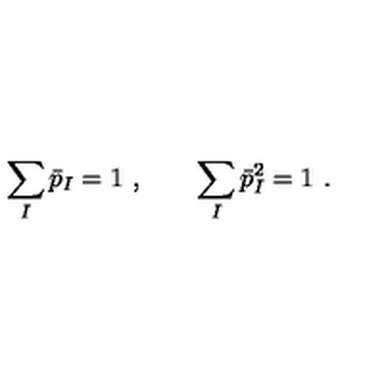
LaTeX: \sum _ { I } \bar { p } _ { I } = 1 \ , \qquad \sum _ { I } \bar { p } _ { I } ^ { 2 } = 1 \ .